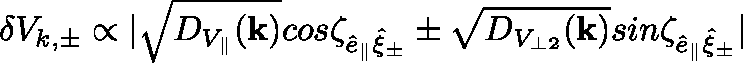
\delta V _ { k , \pm } \propto | \sqrt { D _ { V _ { \parallel } } ( \mathbf { k } ) } c o s \zeta _ { \hat { e } _ { \parallel } \hat { \mathbf { \xi } } _ { \pm } } \pm \sqrt { D _ { V _ { \perp 2 } } ( \mathbf { k } ) } s i n \zeta _ { \hat { e } _ { \parallel } \hat { \mathbf { \xi } } _ { \pm } } |